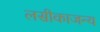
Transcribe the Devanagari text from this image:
लसीकाजन्य